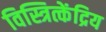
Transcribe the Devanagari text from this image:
विस्त्रित्केंद्रिय